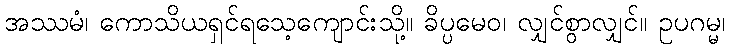
အဿမံ၊ ကောသိယရှင်ရသေ့ကျောင်းသို့။ ခိပ္ပမေဝ၊ လျှင်စွာလျှင်။ ဥပဂမ္မ၊